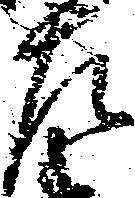
左